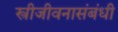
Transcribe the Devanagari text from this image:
स्त्रीजीवनासंबंधी